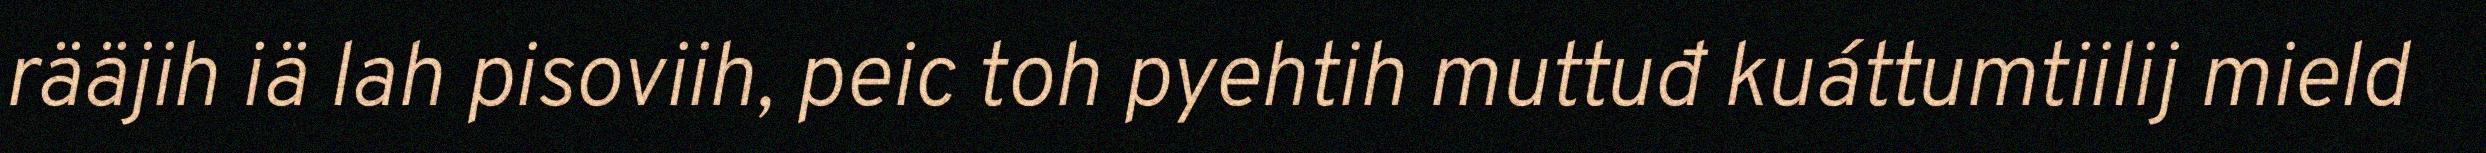
rääjih iä lah pisoviih, peic toh pyehtih muttuđ kuáttumtiilij mield